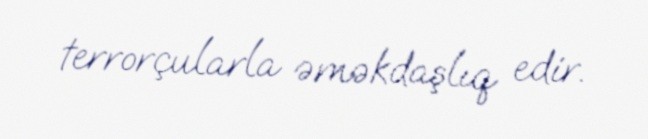
terrorçularla əməkdaşlıq edir.